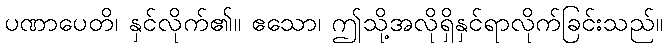
ပဏာပေတိ၊ နှင်လိုက်၏။ ဧသော၊ ဤသို့အလိုရှိနှင်ရာလိုက်ခြင်းသည်။